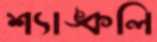
শ্যাঙ্কলি